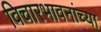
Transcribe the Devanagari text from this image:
विचारभावनांच्या